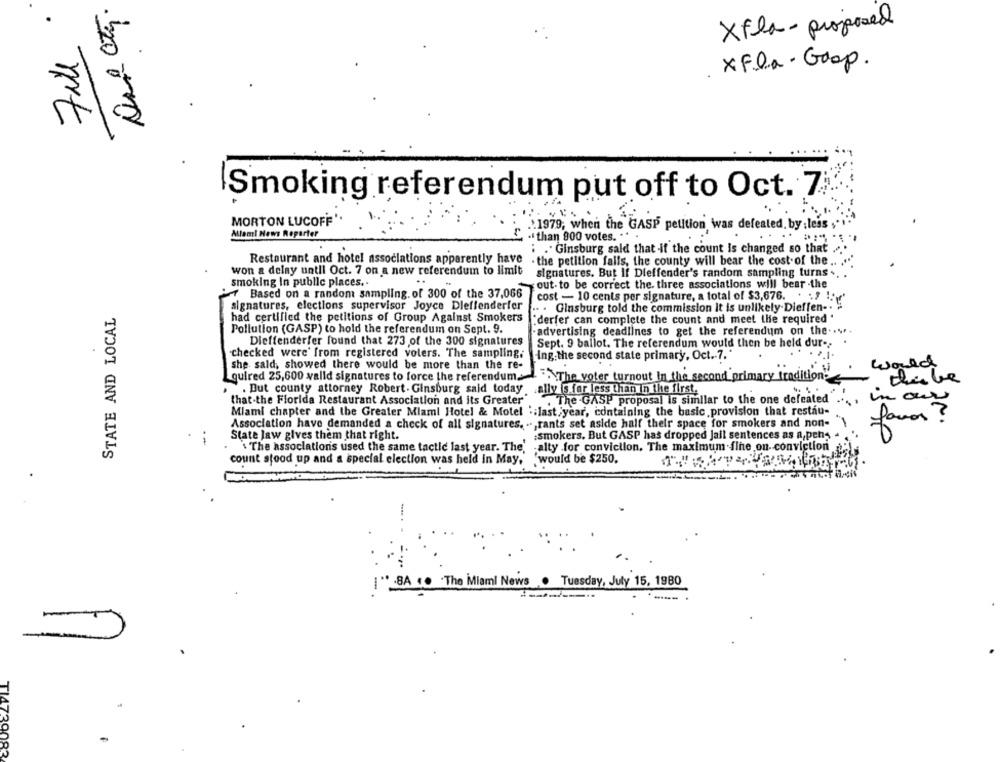
Full
Xfla- proposed
XF. la - Grop.
Smoking referendum put off to Oct. 7
MORTON LUCOFF
'1979, when the GASP petition was defeated, by ;less ;"
Allami News Reporter
-than 800 votes. .. .
: . Ginsburg sald that if the count is changed so that
Restaurant and hotel associations apparently have
- the petition falls, the county will bear the cost of the .. ..
won a delay until Oct. 7 on a new referendum to limit
signatures. But If Dieffender's random sampling turns ..
smoking In public places ..
out. to be correct the. three associations will bear -the
Based on a random sampling. of 300 of the 37,066
cost - 10 cents per signature, a total of $3,676. . . " !'
signatures, elections supervisor Joyce Dleffenderfer
STATE AND LOCAL
.. . Ginsburg told the commission it is unlikely-Dieffen -.
had certified the petitions of Group Against Smokers
"derfer can complete the count and meet the required "
Pollution (GASP) to hold the referendum on Sept. 9.
-advertising deadlines to get the referendum on the ....
Dieffenderfer found that 273 of the 300 signatures
Sept. 9 ballot. The referendum would then be held dur -.
checked were' from registered volers. The sampling,
-ing. the second state primary, Oct .. 7.
she sald, showed there would be more than the re-
would
quired 25,600 valid signatures to force the referendum.The voter turnout In the second primary tradition"
The voter turnout in the second primary tradition
.. ..
. But county attorney Robert. Ginsburg said today ally is for less than in the first.
.ally 5.for less than In the first,
that.the Florida Restaurant Association and its Greater"
.The GASP proposal is similar to the one defeated
in our
Miami chapter and the Greater Miami Hotel & Motel .; last year, containing the basic provision that restau-
Association have demanded a check of all signatures. .. , rants set aside half their space for smokers and non-
:smokers. But GASP has dropped Jail sentences as a,pen-
favor
.-
State Jaw gives them that right.
\The association's used the same tactic last year. The, alty for conviction. The maximum fine on- conviction
count stood up and a special election was held in May, 'would be $250.
I" :8A .. . The Miami News . Tuesday, July 15, 1980
-
TI4739083